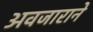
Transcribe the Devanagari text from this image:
अवजाराने